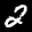
Label: 2